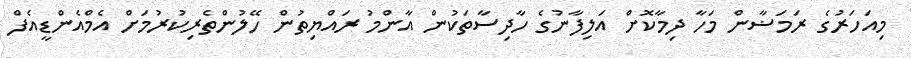
މިއަހަރުގެ ރަމަޟާން މަހާ ދިމާކޮށް އަލިފާނުގެ ހާދިސާތަކުން އާންމު ރައްޔިތުން ހޭލުންތެރިކުރުމަށް އެމްއެންޑީއެފް